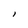
Character: l